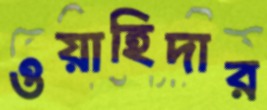
ওয়াহিদার